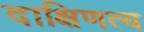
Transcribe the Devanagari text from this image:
दाक्षिणत्य